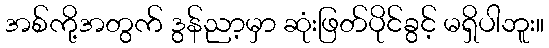
အစ်ကို့အတွက် ဒွန်ညာ့မှာ ဆုံးဖြတ်ပိုင်ခွင့် မရှိပါဘူး။